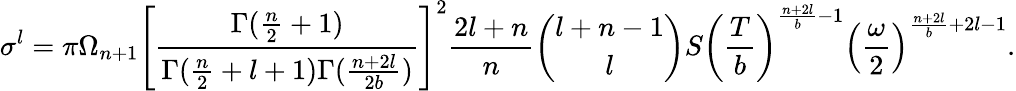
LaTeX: \sigma^{l}=\pi\Omega_{n+1}\left[{\frac{\Gamma({\frac{n}{2}}+1)}{\Gamma({\frac{n}{2}}+l+1)\Gamma({\frac{n+2l}{2b}})}}\right]^{2}{\frac{2l+n}{n}}{\binom{l+n-1}{l}}S\left({\frac{T}{b}}\right)^{{\frac{n+2l}{b}}-1}\left({\frac{\omega}{2}}\right)^{{\frac{n+2l}{b}}+2l-1}.